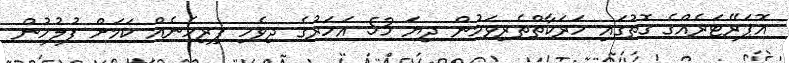
އޮޕަރޭޓަރެއްގެ ގޮތުގައި ހަރަކާތްތެރިވަމުން ދިޔަ 53 އަހަރުގެ ދިވެހި ފިރިހެނެއް ކަމަަށް ފުލުހުން